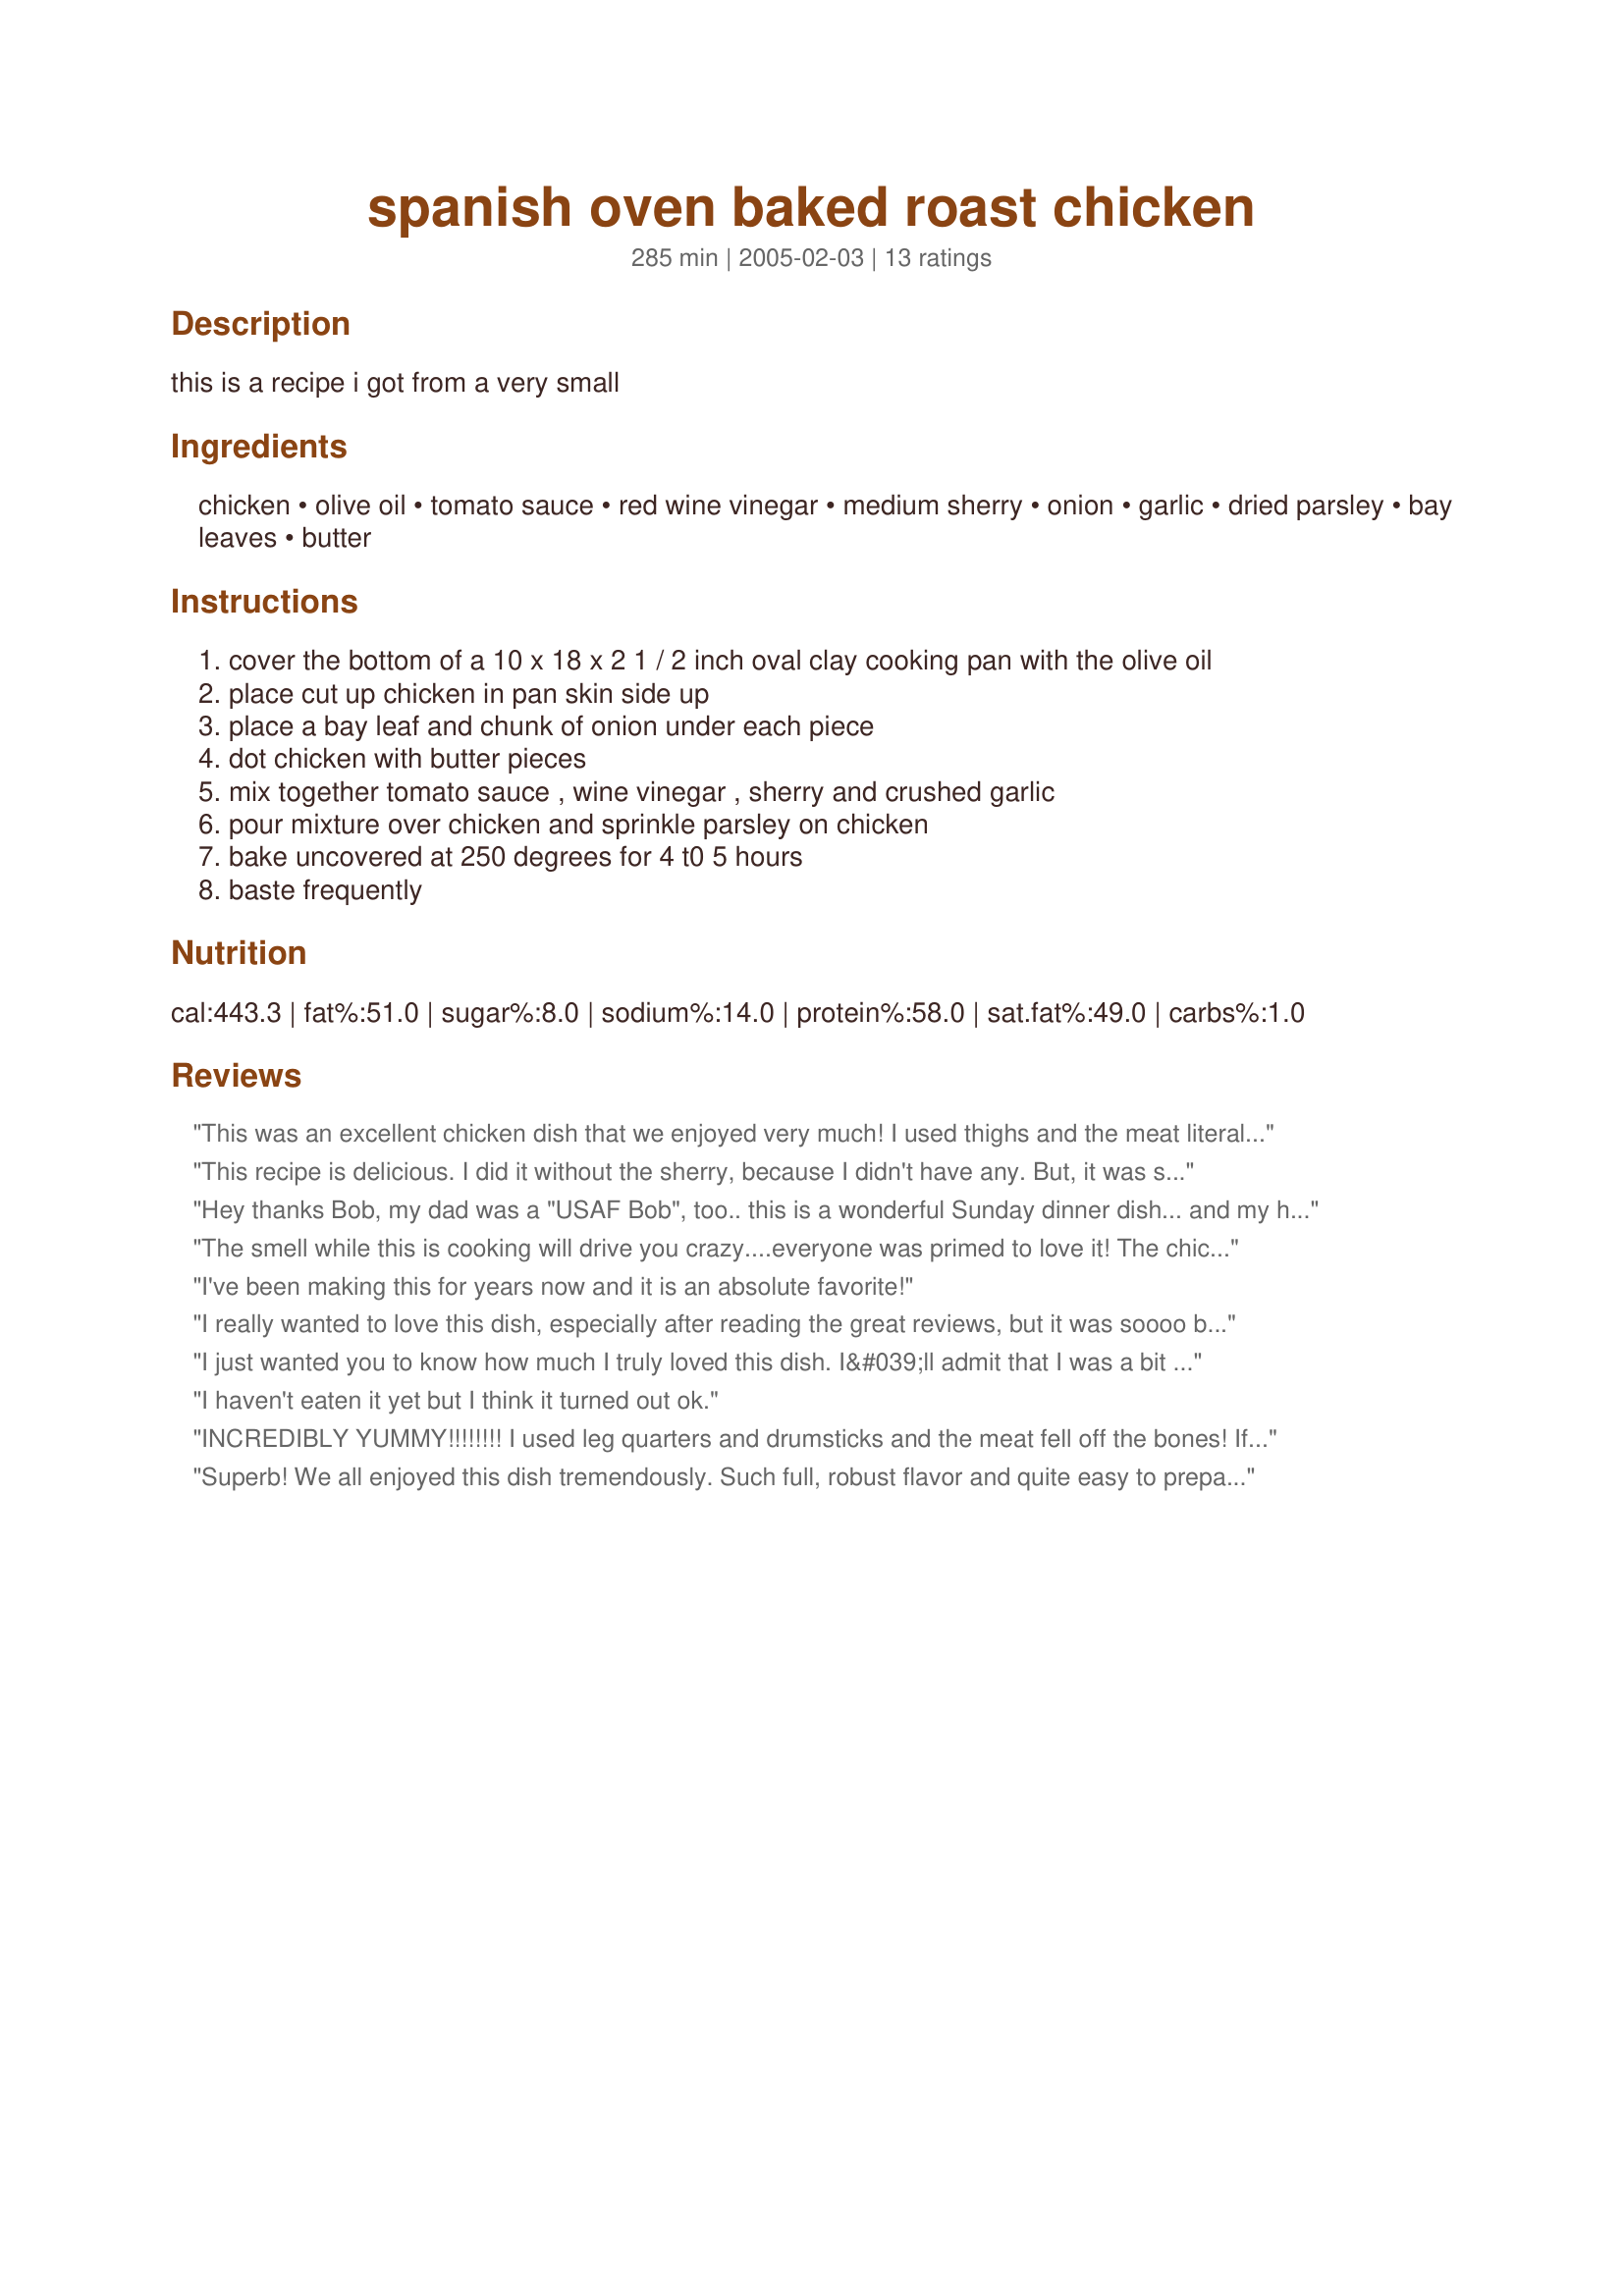
spanish oven baked roast chicken
Preparation time: 285 minutes

this is a recipe i got from a very small

Ingredients:
chicken, olive oil, tomato sauce, red wine vinegar, medium sherry, onion, garlic, dried parsley, bay leaves, butter

Steps:
cover the bottom of a 10 x 18 x 2 1 / 2 inch oval clay cooking pan with the olive oil
place cut up chicken in pan skin side up
place a bay leaf and chunk of onion under each piece
dot chicken with butter pieces
mix together tomato sauce , wine vinegar , sherry and crushed garlic
pour mixture over chicken and sprinkle parsley on chicken
bake uncovered at 250 degrees for 4 t0 5 hours
baste frequently

Reviews:
This was an excellent chicken dish that we enjoyed very much! I used thighs and the meat literally fell off the bone. The flavors were very bright and fresh. The presentation was beautiful and would make an excellent dinner to serve to company in either a formal or family style setting. Thank you for sharing this little gem. It's going in my "keeper" file and will be made often.
This recipe is delicious. I did it without the sherry, because I didn't have any. But, it was still so flavorful with the vinegar and garlic. Definitely will make it again!
Hey thanks Bob, my dad was a "USAF Bob", too.. this is a wonderful Sunday dinner dish... and my husband loved it. I used 3 split chicken breasts, bone-in, not skinned... all other ingredients as listed. No flavor overpowers another, and it makes your kitchen smell fabulous! The only other change was that I actually cooked the 3 breasts at 275 degrees F for the first 4 hours then reduced the oven heat to 250 F while I prepared some other dishes. It kept well for 5 hours... all breast meat was juicy and flavorful and not dry at all. This is a wonderful recipe, you should all try this on your next lazy day! Thank you Bob and Kiko's!!
The smell while this is cooking will drive you crazy....everyone was primed to love it! The chicken was very moist and tender. We all enjoyed this very much! Thanks for sharing.
I've been making this for years now and it is an absolute favorite!
I really wanted to love this dish, especially after reading the great reviews, but it was soooo bland to me. Although the chicken fell apart, it was also dry? I followed the instructions exactly. I'm really disapointed. I'm definitely going to have to tweak it to my preferences.
I just wanted you to know how much I truly loved this dish. I&#039;ll admit that I was a bit skeptical. It seemed that there wasn&#039;t enough liquid, but I was so wrong. Some might like to know that I had forgotten to defrost my chicken. It was still frozen, but it cooked beautifully. The only change I made, because I had to go with what I had, was that I didn&#039;t have any sherry. I know merlot would not normally be a good substitute, but it was absolutely delicious all the same! I agree with the others that it made the kitchen smell lovely all the day long. I&#039;m trying to empty my freezer and I had a bunch of odd pieces of chicken in there. I just threw it all in (some legs, some quarters some boneless thighs, a breast) and all came out juicy and tender. The family truly raved over it. I served it with brown rice that I cooked with a can of tomatoes, broth, garlic and rosemary along with a salad. This was easy and delicious so this is a keeper and will be added to our family favorites list. Thank you so much for sharing!
I haven't eaten it yet but I think it turned out ok.
INCREDIBLY YUMMY!!!!!!!! I used leg quarters and drumsticks and the meat fell off the bones! If I could give it more stars I would! Thank you, thank you, thank you for sharing this one.
Superb! We all enjoyed this dish tremendously. Such full, robust flavor and quite easy to prepare. It's definitely going to be made often in my home. Thank you for sharing your recipe, Bob78278. Made for the Spain & Portugal monthly tag game.
I agree 100% with every other reviewer! I've made this on several occasions; a wonderful, wonderful dish. Warm and enticing and so pleasing to the senses. It smells amazing while slowly baking, and the presentation is as delicious as the actual taste. I serve with Veronica's Easy Spanish Rice (Recipe #37638) and a vegetable. What I adore is that there's nothing difficult or pretentious about this recipe but the atmosphere it creates makes it perfect for a dinner with close friends. Thank you, Bob78278.
This was really good!
I made this last month for a family birthday. This chicken came out so moist and flavorful! Will definitely make again. Thanks Bob
